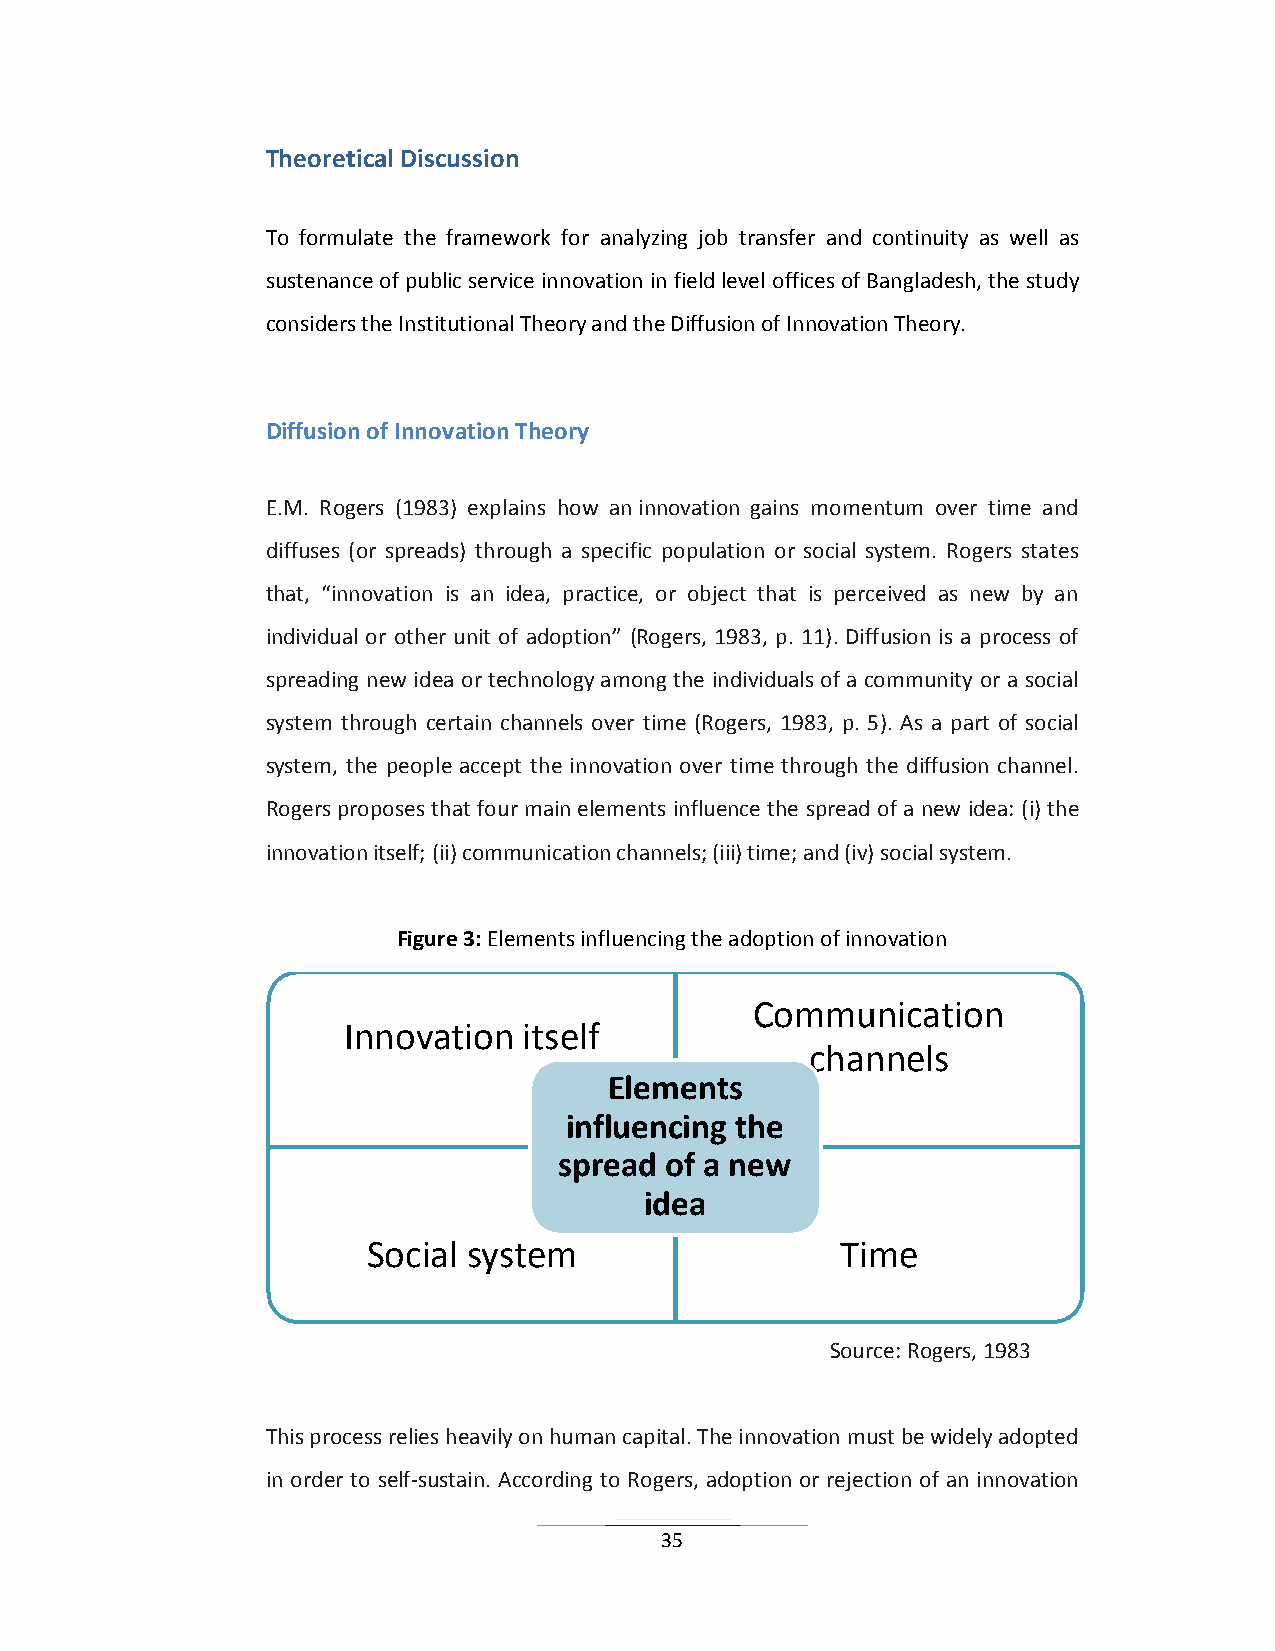
Theoretical Discussion
 To formulate the framework for analyzing job transfer and continuity as well as
 sustenance of public service innovation in field level offices of Bangladesh, the study
 considers the Institutional Theory and the Diffusion of Innovation Theory.
 Diffusion of Innovation Theory
 E.M. Rogers (1983) explains how an innovation gains momentum over time and
 diffuses (or spreads) through a specific population or social system. Rogers states
 that, “innovation is an idea, practice, or object that is perceived as new by an
 individual or other unit of adoption” (Rogers, 1983, p. 11). Diffusion is a process of
 spreading new idea or technology among the individuals of a community or a social
 system through certain channels over time (Rogers, 1983, p. 5). As a part of social
 system, the people accept the innovation over time through the diffusion channel.
 Rogers proposes that four main elements influence the spread of a new idea: (i) the
 innovation itself; (ii) communication channels; (iii) time; and (iv) social system.
 Figure 3: Elements influencing the adoption of innovation
 Communication
 Innovation  itself
 channels
 Elements
 influencing the
 spread of a new
 idea
 Social system                   Time
 Source: Rogers, 1983
 This process relies heavily on human capital. The innovation must be widely adopted
 in order to self-sustain. According to Rogers, adoption or rejection of an innovation
 35